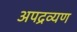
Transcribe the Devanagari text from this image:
अपद्रव्यण